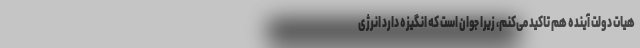
هیات دولت آینده هم تاکید می‌کنم، زیرا جوان است که انگیزه دارد انرژی